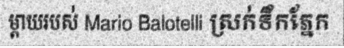
ម្តាយរបស់ Mario Balotelli ស្រក់ទឹកភ្នែក